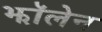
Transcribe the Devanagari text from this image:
झॉलेन